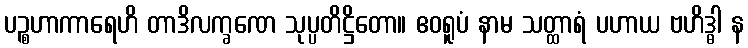
ပဉ္စဟာကာရေဟိ တာဒိလက္ခဏေ သုပ္ပတိဋ္ဌိတော။ ဧဝရူပံ နာမ သတ္ထာရံ ပဟာယ ဗဟိဒ္ဓါ န